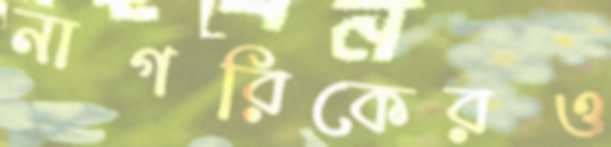
নাগরিকেরও